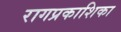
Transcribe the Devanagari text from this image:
रागप्रकाशिका